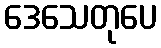
ဒေသေတုပေ